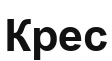
Крес